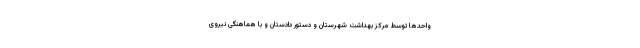
واحدها توسط مرکز بهداشت شهرستان و دستور دادستان و با هماهنگی نیروی